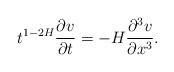
LaTeX: \begin{align*} t^{1-2H}\frac{\partial v}{\partial t}=- H\frac{\partial^3 v}{\partial x^3}. \end{align*}